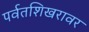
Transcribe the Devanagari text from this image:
पर्वतशिखरावर